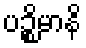
ပဉ္စိမာနိ